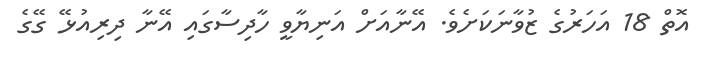
އޮތް 18 އަހަރުގެ ޒުވާނަކަށެވެ. އޭނާއަށް އަނިޔާވީ ހާދިސާގައި އޭނާ ދިރިއުޅޭ ގޭގެ